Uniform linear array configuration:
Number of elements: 12
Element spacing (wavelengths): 0.75
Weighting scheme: kaiser
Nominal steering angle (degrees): -15
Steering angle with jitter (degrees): -14.022
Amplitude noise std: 0.05
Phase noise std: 0.05

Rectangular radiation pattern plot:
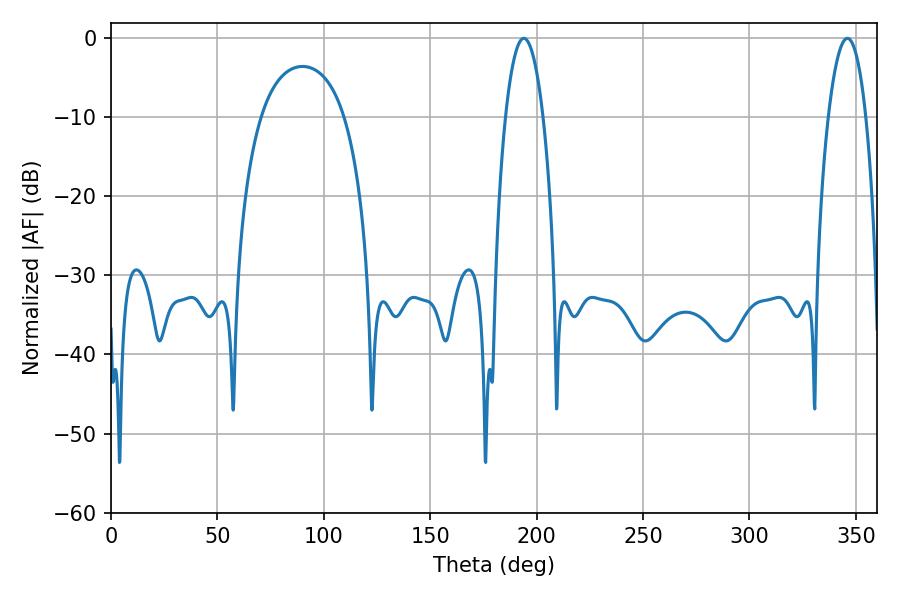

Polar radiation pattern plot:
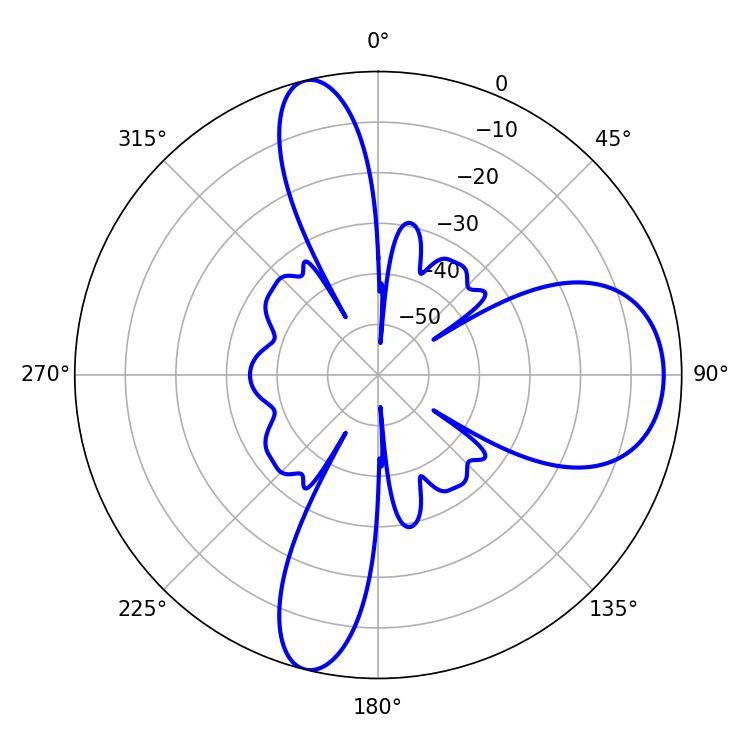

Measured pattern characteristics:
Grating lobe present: TRUE
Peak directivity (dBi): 11.9
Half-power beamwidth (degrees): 9.72
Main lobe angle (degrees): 194.04